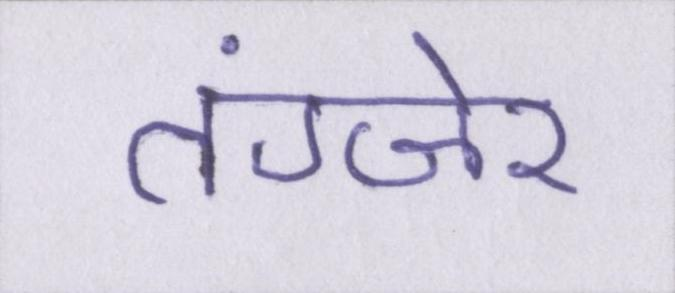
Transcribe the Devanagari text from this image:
तंग्जेर